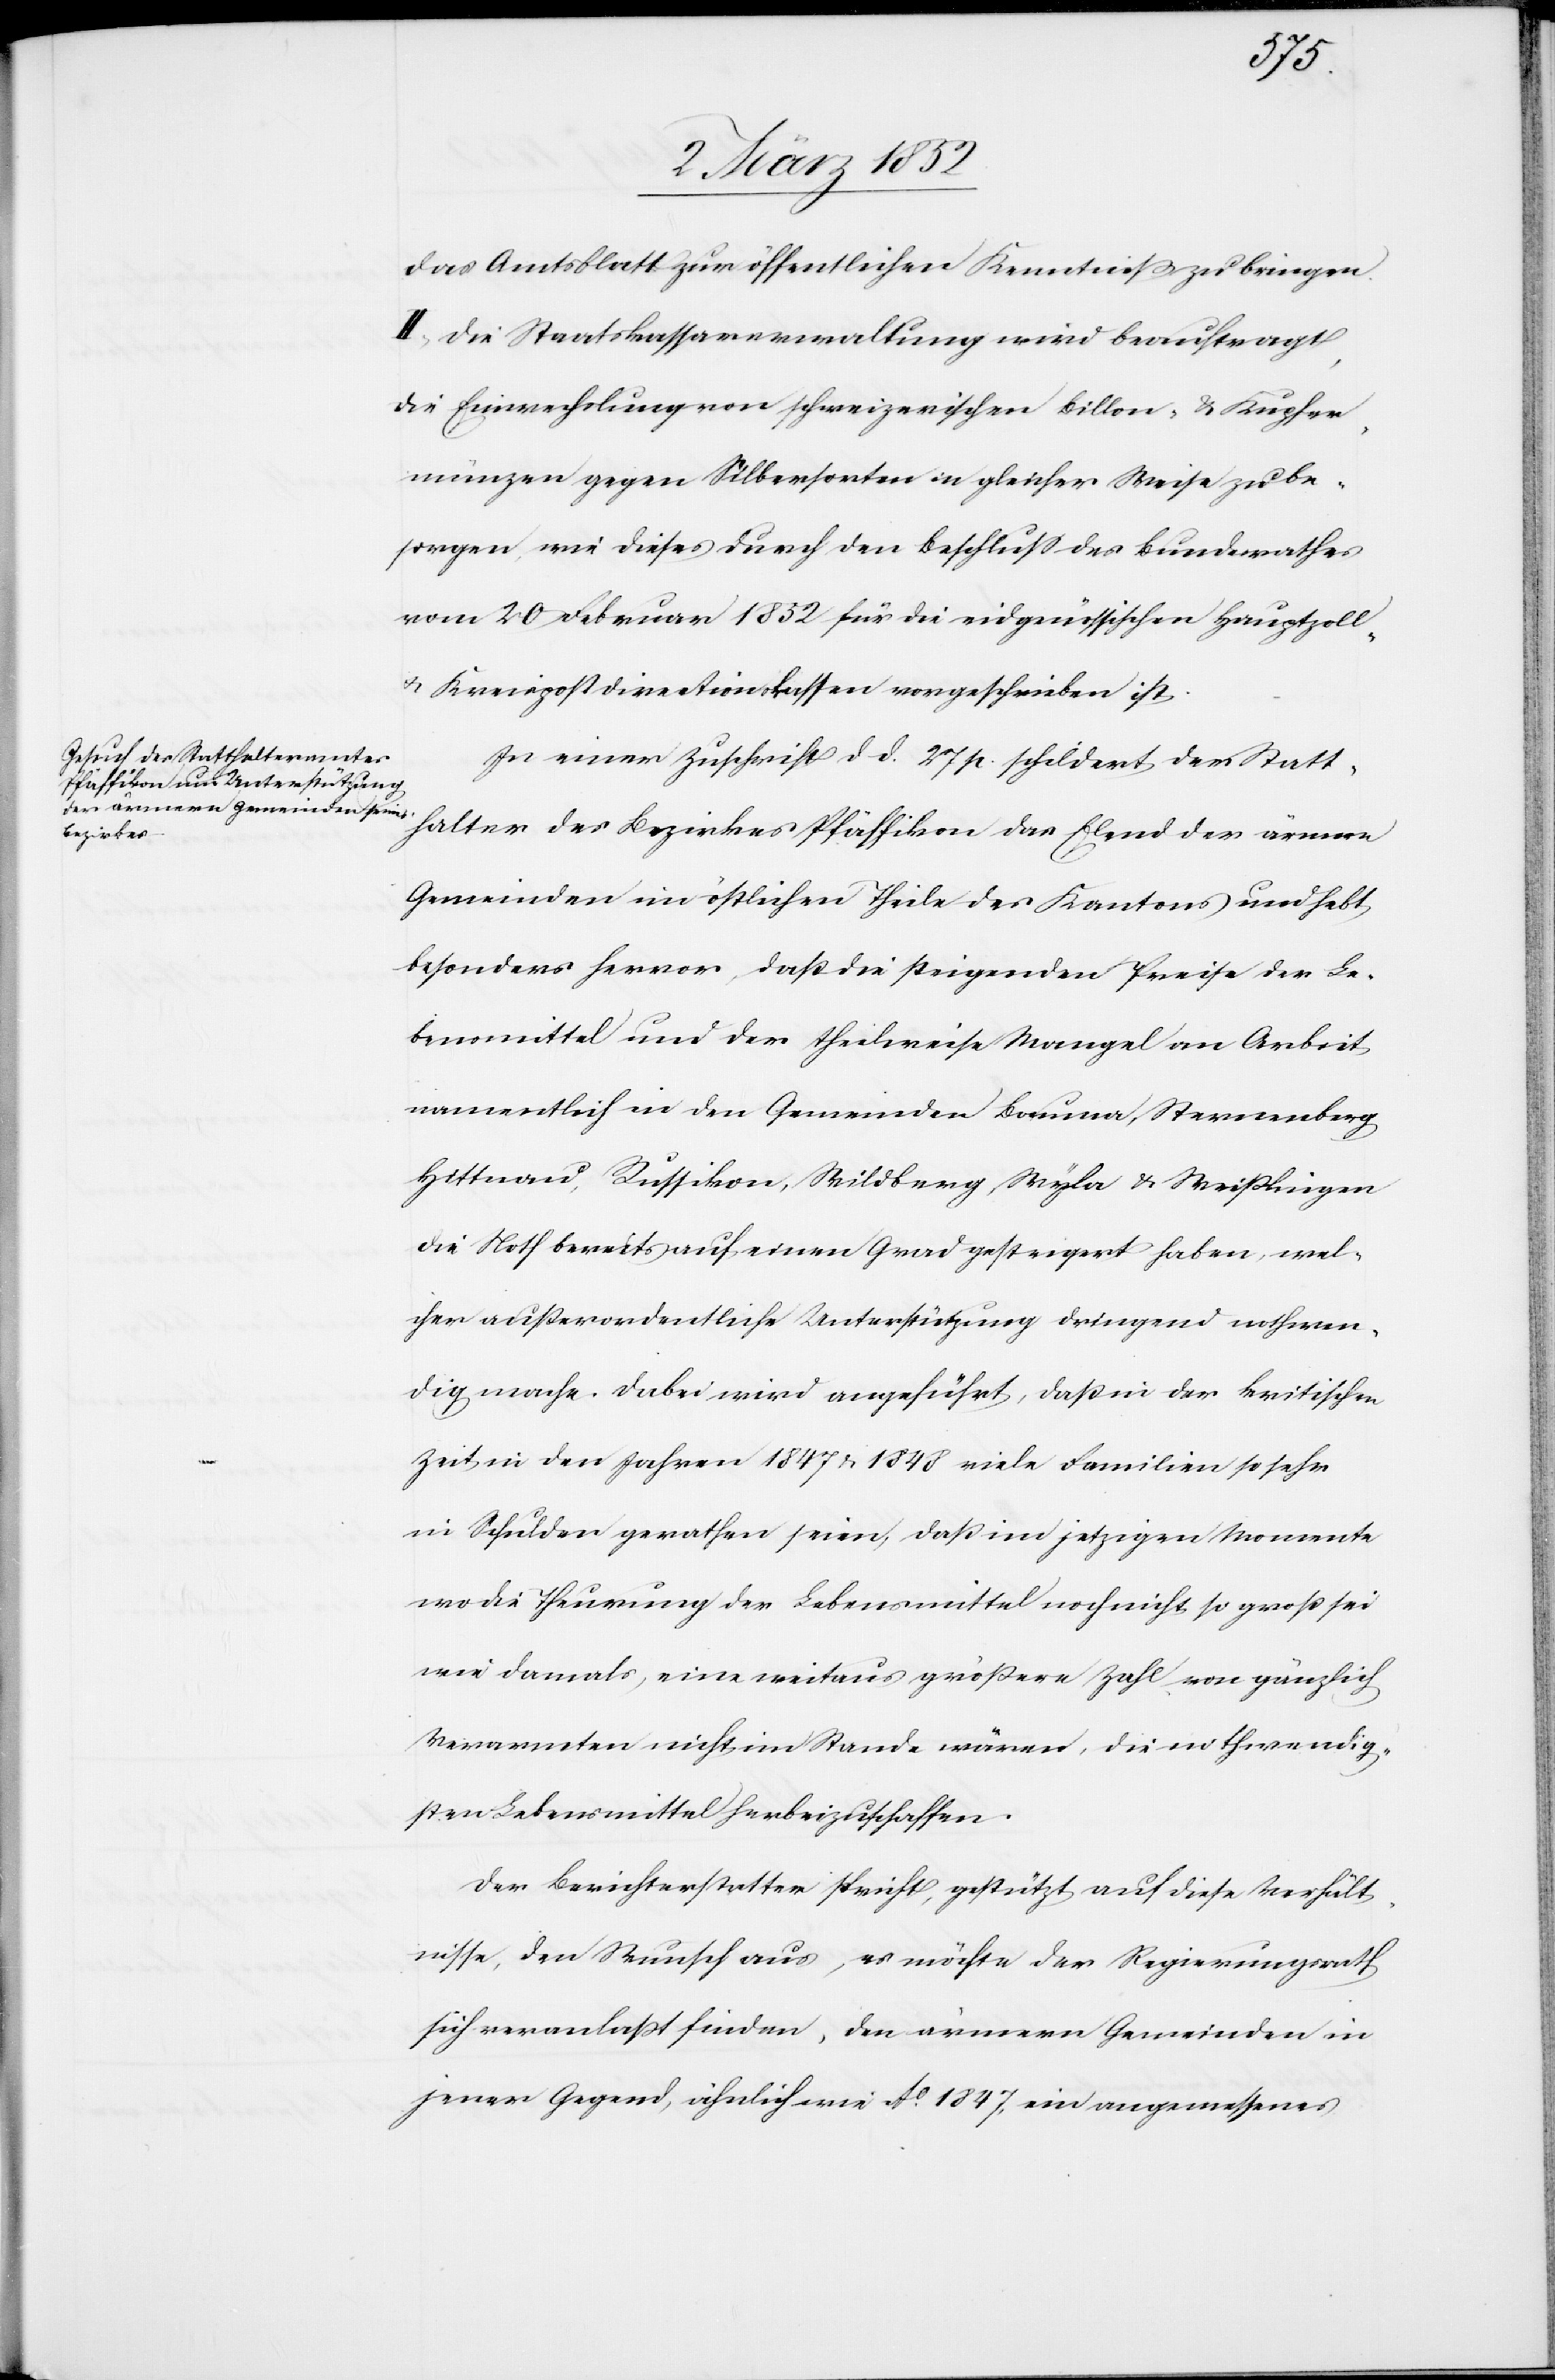
das Amtsblatt zur öffentlichen Kenntniß zu bringen.
II.) Die Staatskassaverwaltung wird beauftragt,
die Einwechslung von schweizerischen Billon- u. Kupfer¬
münzen gegen Silbersorten in gleicher Weise zu be¬
sorgen, wie dieses durch den Beschluß des Bundesrathes
vom 20 Februar 1832 für die eidgenössischen Hauptzoll-
u. Kreispostdirectionskassen vorgeschrieben ist.
In einer Zuschrift d. d. 27 st. schildert der Statt¬
halter des Bezirkes Pfäffikon das Elend der ärmern
Gemeinden im östlichen Theile des Kantons und hebt
besonders hervor, daß die steigenden Preise der Le¬
bensmittel und der theilweise Mangel an Arbeit
namentlich in den Gemeinden Bauma, Sternenberg,
Hittnau, Russikon, Wildberg, Wyla u. Weißlingen
die Noth bereits auf einen Grad gesteigert haben, wel¬
cher außerordentliche Unterstützung dringend nothwen¬
dig mache. Dabei wird angeführt, daß in der kritischen
Zeit, in den Jahren 1847 u. 1848 viele Familien so sehr
in Schulden gerathen seien, daß im jetzigen Momente
wo die Theurung der Lebensmittel noch nicht so groß sei
wie damals, eine weitaus größere Zahl von gänzlich
Verarmten nicht im Stande wären, die nothwendig¬
sten Lebensmittel herbeizuschaffen.
Der Berichterstatter spricht, gestützt auf diese Verhält¬
nisse, den Wunsch aus, es möchte der Regierungsrath
sich veranlaßt finden, den ärmern Gemeinden in
jener Gegend, ähnlich wie Ao. 1847, ein angemessenes